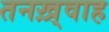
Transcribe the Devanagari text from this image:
तनख़्वाह